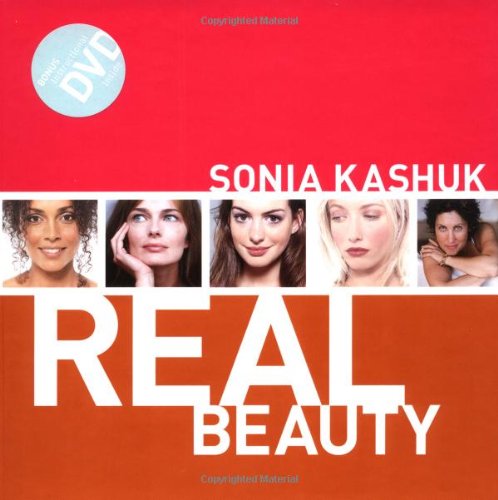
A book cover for Sonia Kashuk Real Beauty; Sonia Kashuk; Business & Money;